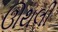
ઊથલી